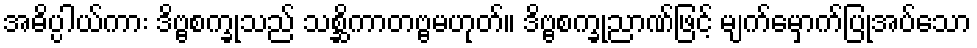
အဓိပ္ပါယ်ကား ဒိဗ္ဗစက္ခုသည် သစ္ဆိကာတဗ္ဗမဟုတ်။ ဒိဗ္ဗစက္ခုညာဏ်ဖြင့် မျက်မှောက်ပြုအပ်သော